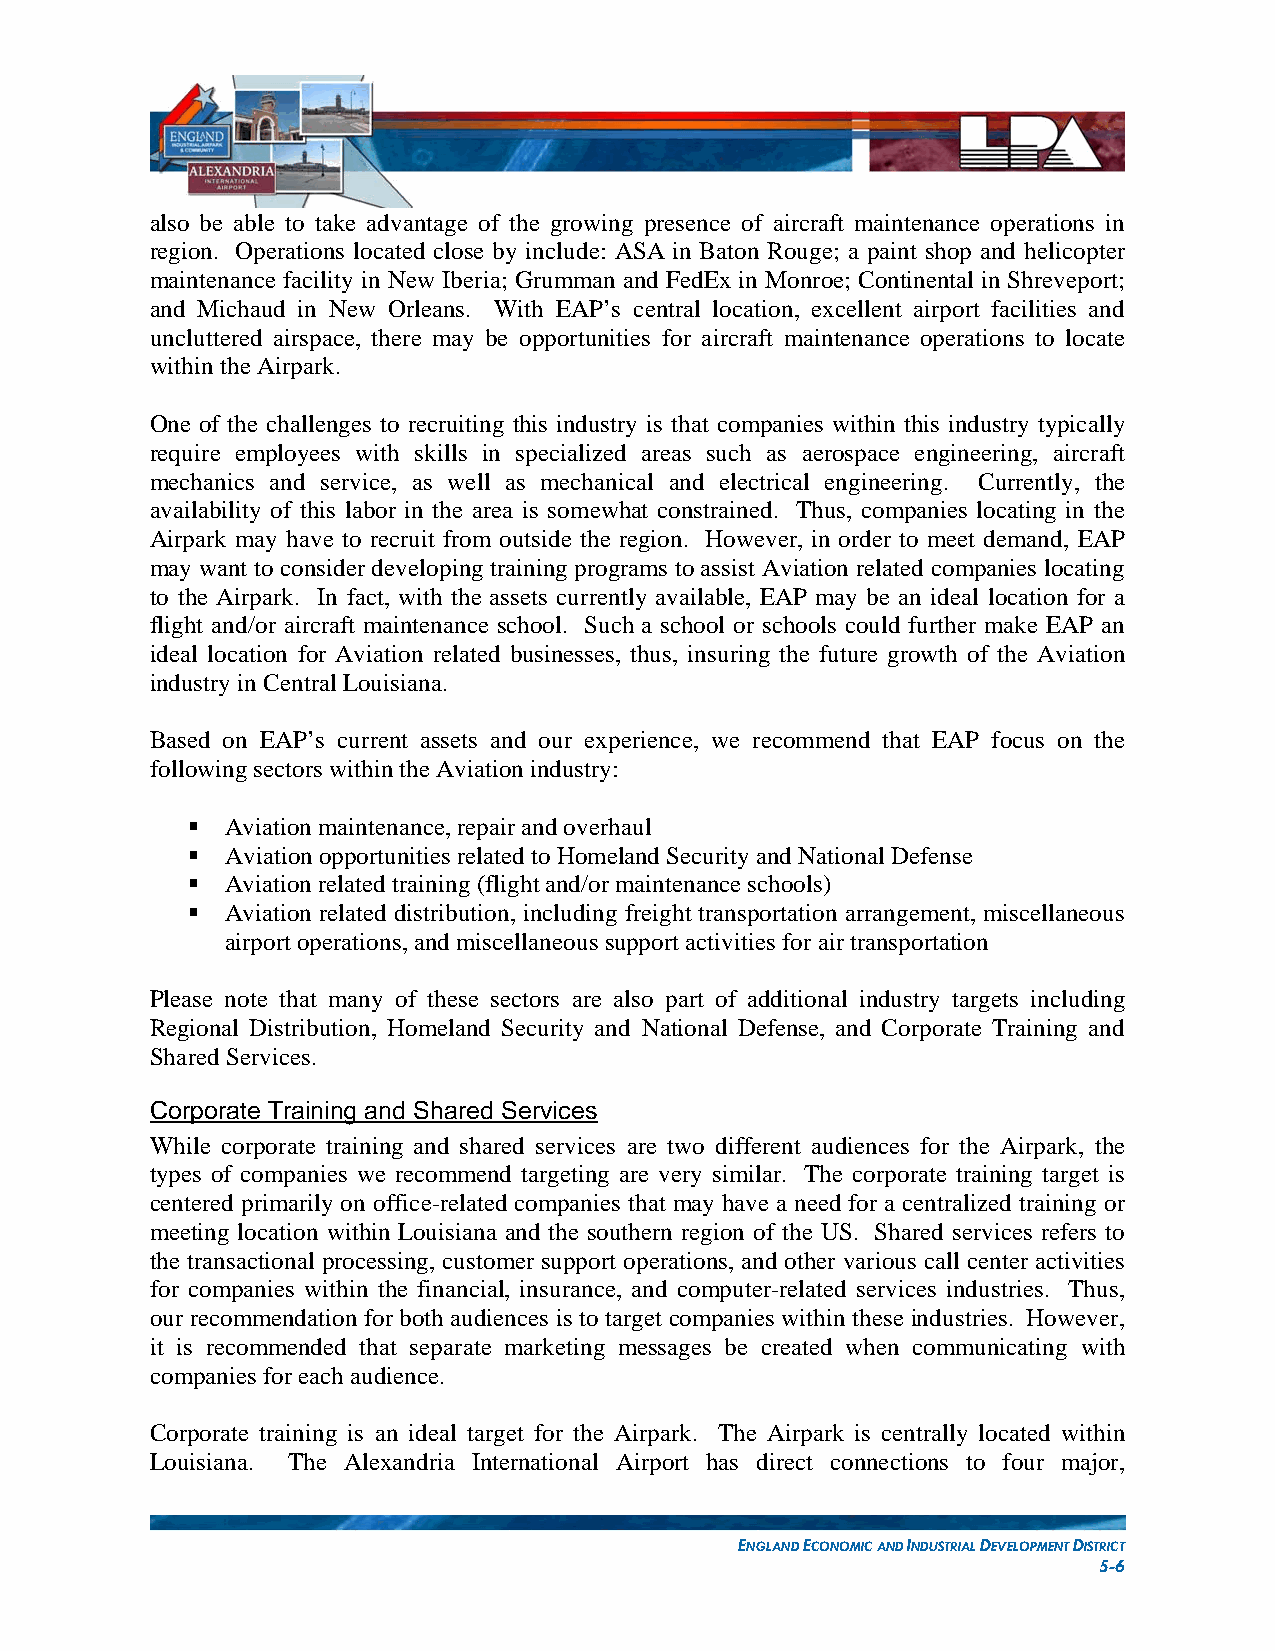
also be able to take advantage of the growing presence of aircraft maintenance operations in
 region. Operations located close by include: ASA in Baton Rouge; a paint shop and helicopter
 maintenance facility in New Iberia; Grumman and FedEx in Monroe; Continental in Shreveport;
 and Michaud in New Orleans. With EAP’s central location, excellent airport facilities and
 uncluttered airspace, there may be opportunities for aircraft maintenance operations to locate
 within the Airpark.
 One of the challenges to recruiting this industry is that companies within this industry typically
 require employees with skills in specialized areas such as aerospace engineering, aircraft
 mechanics and service, as well as mechanical and electrical engineering. Currently, the
 availability of this labor in the area is somewhat constrained. Thus, companies locating in the
 Airpark may have to recruit from outside the region. However, in order to meet demand, EAP
 may want to consider developing training programs to assist Aviation related companies locating
 to the Airpark. In fact, with the assets currently available, EAP may be an ideal location for a
 flight and/or aircraft maintenance school. Such a school or schools could further make EAP an
 ideal location for Aviation related businesses, thus, insuring the future growth of the Aviation
 industry in Central Louisiana.
 Based on EAP’s current assets and our experience, we recommend that EAP focus on the
 following sectors within the Aviation industry:
   Aviation maintenance, repair and overhaul
   Aviation opportunities related to Homeland Security and National Defense
   Aviation related training (flight and/or maintenance schools)
   Aviation related distribution, including freight transportation arrangement, miscellaneous
 airport operations, and miscellaneous support activities for air transportation
 Please note that many of these sectors are also part of additional industry targets including
 Regional Distribution, Homeland Security and National Defense, and Corporate Training and
 Shared Services.
 Corporate Training and Shared Services
 While corporate training and shared services are two different audiences for the Airpark, the
 types of companies we recommend targeting are very similar. The corporate training target is
 centered primarily on office-related companies that may have a need for a centralized training or
 meeting location within Louisiana and the southern region of the US. Shared services refers to
 the transactional processing, customer support operations, and other various call center activities
 for companies within the financial, insurance, and computer-related services industries. Thus,
 our recommendation for both audiences is to target companies within these industries. However,
 it is recommended that separate marketing messages be created when communicating with
 companies for each audience.
 Corporate training is an ideal target for the Airpark. The Airpark is centrally located within
 Louisiana. The Alexandria International Airport has direct connections to four major,
 ENGLAND ECONOMIC AND INDUSTRIAL DEVELOPMENT DISTRICT
 5-6